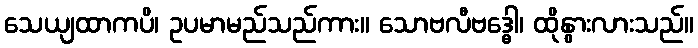
သေယျထာကပိ၊ ဥပမာမည်သည်ကား။ သောဗလီဗဒ္ဓေါ၊ ထိုနွားလားသည်။